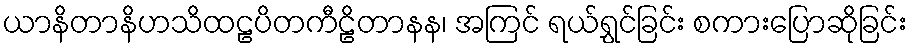
ယာနိတာနိဟသိထဠပိတကီဠိတာနန၊ အကြင် ရယ်ရွှင်ခြင်း စကားပြောဆိုခြင်း